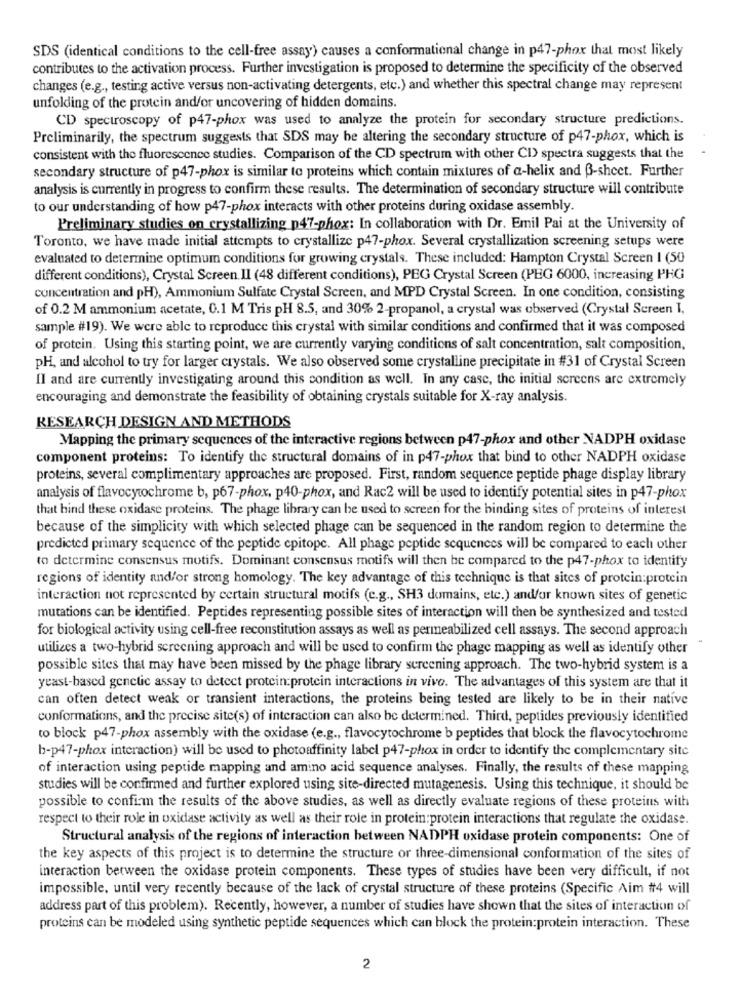
SDS (identical conditions to the cell-free assay) causes a conformational change in p47-phox that most likely
contributes to the activation process. Further investigation is proposed to determine the specificity of the observed
changes (e.g ., testing active versus non-activating detergents, etc.) and whether this spectral change may represent
unfolding of the protein and/or uncovering of hidden domains.
CD spectroscopy of p47-phox was used to analyze the protein for secondary structure predictions.
Preliminarily, the spectrum suggests that SDS may be altering the secondary structure of p47-phox, which is
consistent with the fluorescence studies. Comparison of the CD spectrum with other CI> spectra suggests that the
secondary structure of p47-phox is similar to proteins which contain mixtures of a-helix and B-sheet. Further
analysis is currently in progress to confirm these results. The determination of secondary structure will contribute
to our understanding of how p47-phox interacts with other proteins during oxidase assembly.
Preliminary studies on crystallizing p47-phox: In collaboration with Dr. Emil Pai at the University of
Toronto, we have made initial attempts to crystallize p47-phox. Several crystallization screening setups were
evaluated to determine optimum conditions for growing crystals. These included: Hampton Crystal Screen I (50
different conditions), Crystal Screen II (48 different conditions), PEG Crystal Screen (PEG 6000, increasing PHG
concentration and pH), Ammonium Sulfate Crystal Screen, and MPD Crystal Screen. In one condition, consisting
of 0.2 M ammonium acetate, 0.1 M Tris pH 8.5, and 30% 2-propanol, a crystal was observed (Crystal Screen I,
sample #19). We were able to reproduce this crystal with similar conditions and confirmed that it was composed
of protein. Using this starting point, we are currently varying conditions of salt concentration, salt composition,
pH, and alcohol to try for larger crystals. We also observed some crystalline precipitate in #31 of Crystal Screen
Il and are currently investigating around this condition as well. In any case, the initial screens are extremely
encouraging and demonstrate the feasibility of obtaining crystals suitable for X-ray analysis.
RESEARCH DESIGN AND METHODS
Mapping the primary sequences of the interactive regions between p47-phox and other NADPH oxidase
component proteins: To identify the structural domains of in p47-phox that bind to other NADPH oxidase
proteins, several complimentary approaches are proposed. First, random sequence peptide phage display library
analysis of flavocytochrome b, p67-phox, p40-phox, and Rac2 will be used to identify potential sites in p47-phox
that bind these oxidase proteins. The phage library can be used to screen for the binding sites of proteins of interest
because of the simplicity with which selected phage can be sequenced in the random region to determine the
predicted primary sequence of the peptide cpitope. All phage peptide sequences will be compared to each other
to determine consensus motifs. Dominant consensus motifs will then be compared to the p47-phox to identify
regions of identity and/or strong homology. The key advantage of this technique is that sites of protein:protein
interaction not represented by certain structural motifs (e.g ., SH3 domains, etc.) and/or known sites of genetic
mutations can be identified. Peptides representing possible sites of interaction will then be synthesized and tested
for biological activity using cell-free reconstitution assays as well as permeabilized cell assays. The second approach
utilizes a two-hybrid screening approach and will be used to confirm the phage mapping as well as identify other
possible sites that may have been missed by the phage library screening approach. The two-hybrid system is a
yeast-based genetic assay to detect protein:protein interactions in vive. The advantages of this system are that it
can often detect weak or transient interactions, the proteins being tested are likely to be in their native
conformations, and the precise site(s) of interaction can also be determined. Third, peptides previously identified
to block p47-phox assembly with the oxidase (e.g ., flavocytochrome b peptides that block the flavocytochrome
b-p47-phox interaction) will be used to photoaffinity label p47-phox in order to identify the complementary site
of interaction using peptide mapping and amino acid sequence analyses. Finally, the results of these mapping
studies will be confirmed and further explored using site-directed mutagenesis. Using this technique, it should be
possible to confirm the results of the above studies, as well as directly evaluate regions of these proteins with
respect to their role in oxidase activity as well as their role in protein: protein interactions that regulate the oxidase.
Structural analysis of the regions of interaction between NADPH oxidase protein components: One of
the key aspects of this project is to determine the structure or three-dimensional conformation of the sites of
interaction between the oxidase protein components. These types of studies have been very difficult, if not
impossible, until very recently because of the lack of crystal structure of these proteins (Specific Aim #4 will
address part of this problem). Recently, however, a number of studies have shown that the sites of interaction of
proteins can be modeled using synthetic peptide sequences which can block the protein:protein interaction. These
2